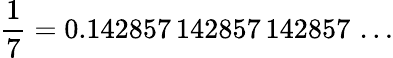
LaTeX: {\frac{1}{7}}=0.142857\, 142857\, 142857\, \ldots